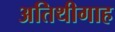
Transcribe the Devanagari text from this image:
अतिथीगाह